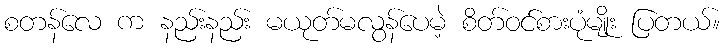
စတန်လေ က နည်းနည်း မယုတ်မလွန်ပေမဲ့ စိတ်ဝင်စားပုံမျိုး ပြတယ်။